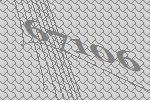
67106